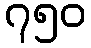
၇၅၀